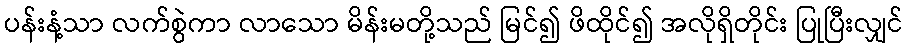
ပန်းနံ့သာ လက်စွဲကာ လာသော မိန်းမတို့သည် မြင်၍ ဖိထိုင်၍ အလိုရှိတိုင်း ပြုပြီးလျှင်